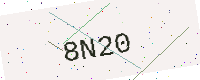
Text: 8N20